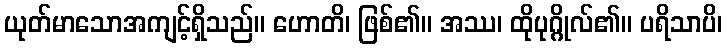
ယုတ်မာသောအကျင့်ရှိသည်။ ဟောတိ၊ ဖြစ်၏။ အဿ၊ ထိုပုဂ္ဂိုလ်၏။ ပရိသာပိ၊